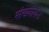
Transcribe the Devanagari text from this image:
संख्यायन